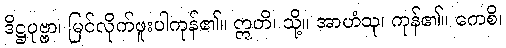
ဒိဋ္ဌပုဗ္ဗာ၊ မြင်လိုက်ဖူးပါကုန်၏။ ဣတိ၊ သို့။ အာဟံသု၊ ကုန်၏။ ကေစိ၊